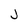
Character: J